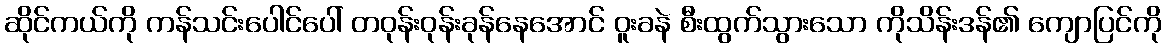
ဆိုင်ကယ်ကို ကန်သင်းပေါင်ပေါ် တဝုန်းဝုန်းခုန်နေအောင် ဝူးခနဲ စီးထွက်သွားသော ကိုသိန်းဒန်၏ ကျောပြင်ကို